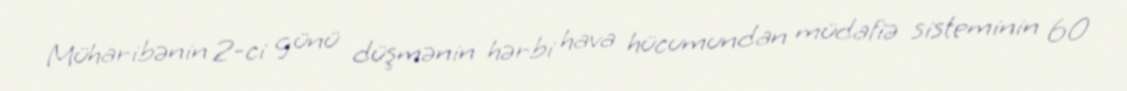
Müharibənin 2-ci günü düşmənin hərbi hava hücumundan müdafiə sisteminin 60